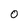
Character: 0